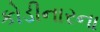
કોડીનારના